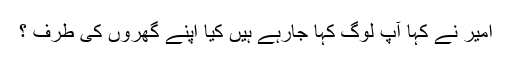
امیر نے کہا آپ لوگ کہا جارہے ہیں کیا اپنے گھروں کی طرف ؟